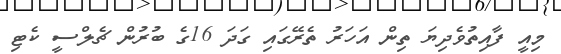
މިއީ ފާއިތުވެދިޔަ ތިން އަހަރު ތެރޭގައި ގަދަ 16ގެ ބުރުން ޗެލްސީ ކެޓި